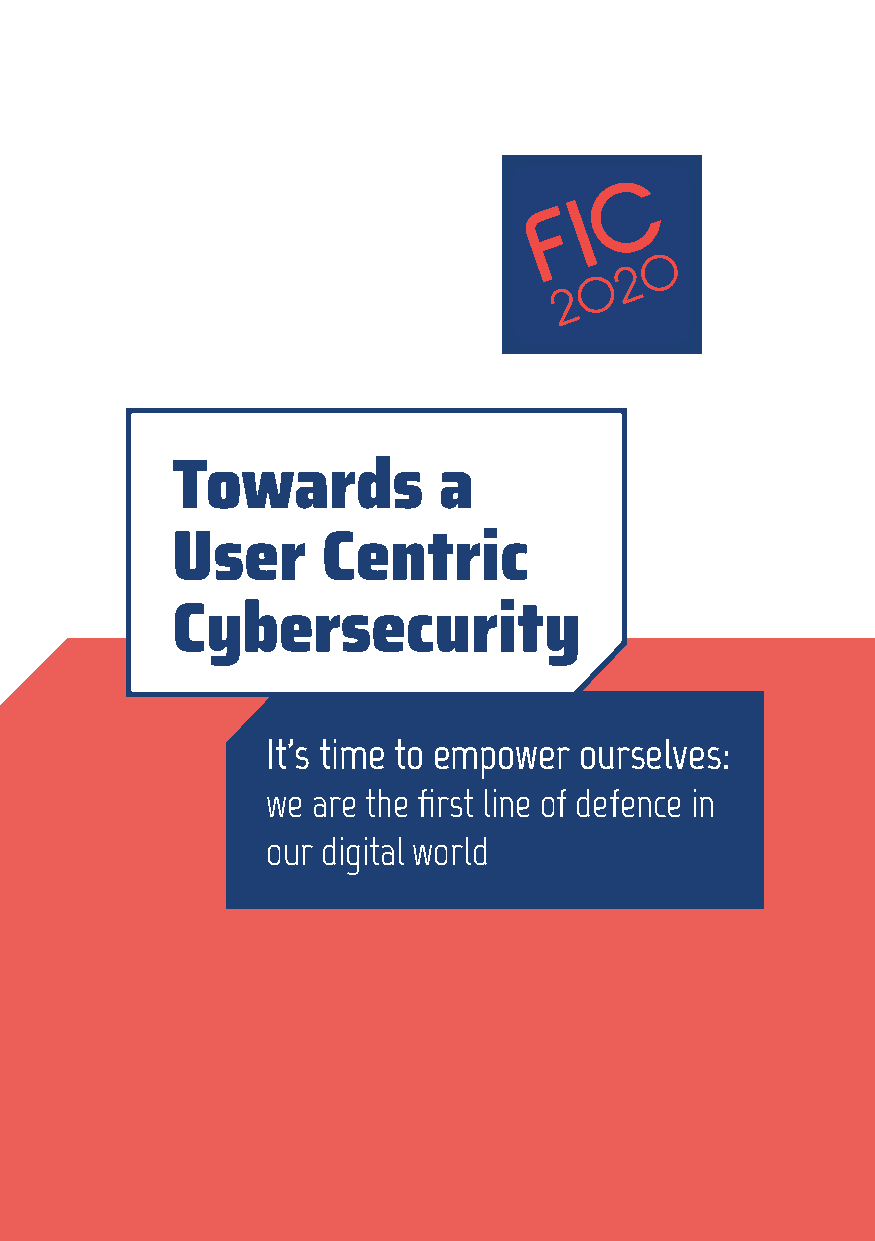
Towards           a
 User      Centric
 Cybersecurity
 It's time to empower ourselves:
 we are the first line of defence in
 our digital world
 1